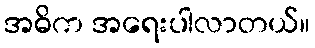
အဓိက အရေးပါလာတယ်။